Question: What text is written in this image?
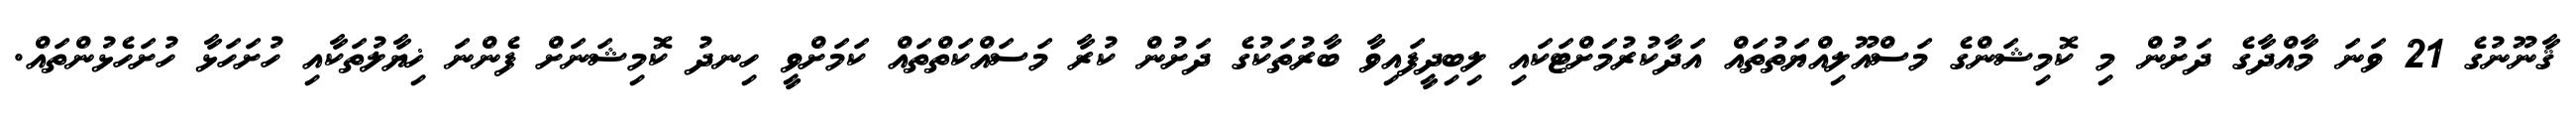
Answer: ޤާނޫނުގެ 21 ވަނަ މާއްދާގެ ދަށުން މި ކޮމިޝަންގެ މަސްއޫލިއްޔަތުތައް އަދާކުރުމަށްޓަކައި ލިބިދީފައިވާ ބާރުތަކުގެ ދަށުން ކުރާ މަސައްކަތްތައް ކަމަށްވީ ހިނދު ކޮމިޝަނަށް ފެންނަ ޚިޔާލުތަކާއި ހުށަހަޅާ ހުށަހެޅުންތައް.